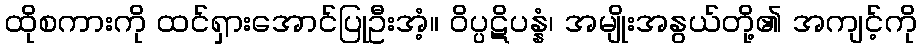
ထိုစကားကို ထင်ရှားအောင်ပြုဦးအံ့။ ဝိပ္ပဋိပန္နံ၊ အမျိုးအနွယ်တို့၏ အကျင့်ကို